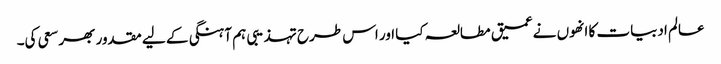
عالم ادبیات کا انھوں نے عمیق مطالعہ کیا اور اس طرح تہذیبی ہم آہنگی کے لیے مقدور بھر سعی کی۔